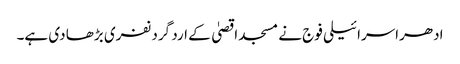
ادھراسرائیلی فوج نے مسجد اقصیٰ کے ارد گرد نفری بڑھا دی ہے۔